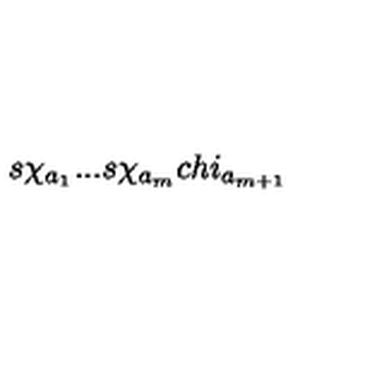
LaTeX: s \chi _ { a _ { 1 } } . . . s \chi _ { a _ { m } } c h i _ { a _ { m + 1 } }